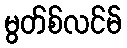
မွတ်စ်လင်မ်